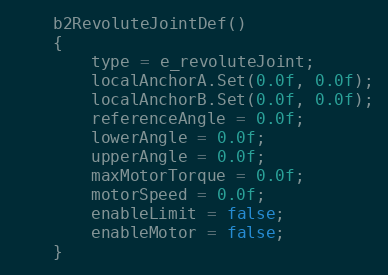
Language: C
	b2RevoluteJointDef()
	{
		type = e_revoluteJoint;
		localAnchorA.Set(0.0f, 0.0f);
		localAnchorB.Set(0.0f, 0.0f);
		referenceAngle = 0.0f;
		lowerAngle = 0.0f;
		upperAngle = 0.0f;
		maxMotorTorque = 0.0f;
		motorSpeed = 0.0f;
		enableLimit = false;
		enableMotor = false;
	}